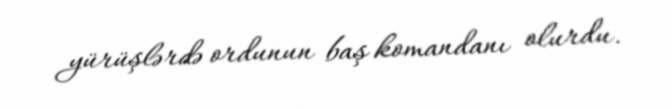
yürüşlərdə ordunun baş komandanı olurdu.